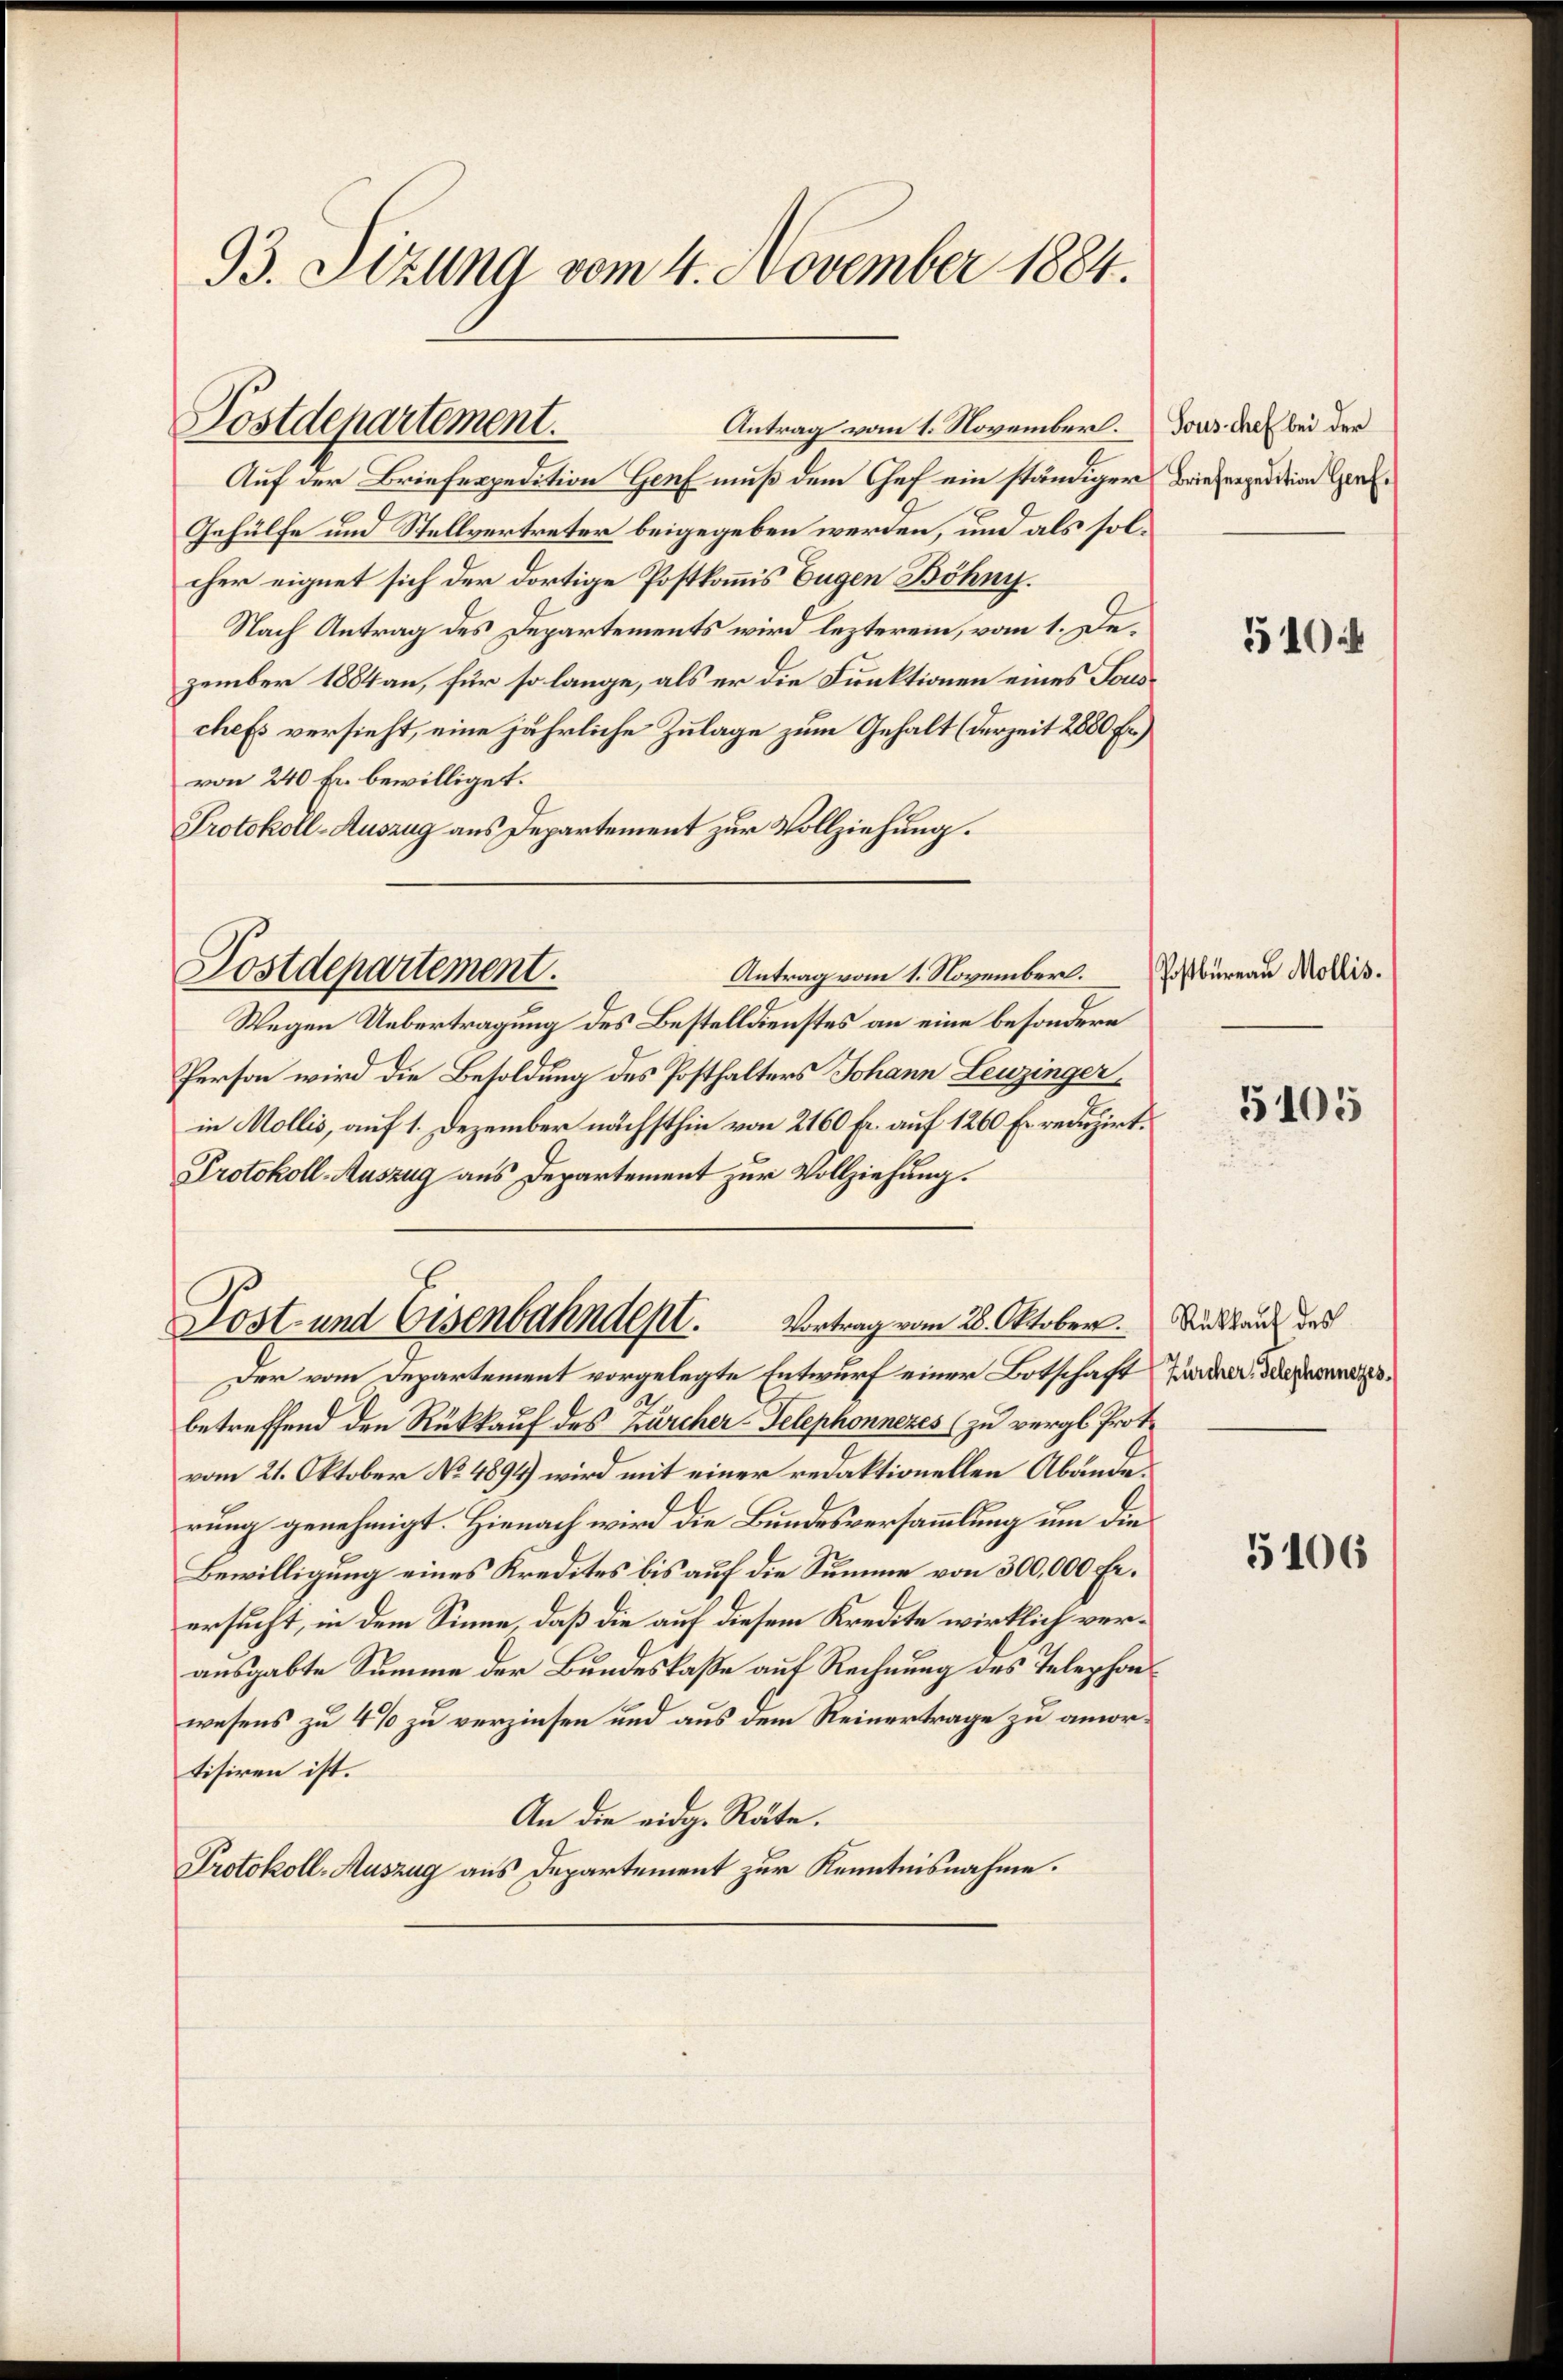
93. Sizung vom 4. November 1884.

Postdepartement.

Auf der Briefespedition Genf muß dem Chef ein ständiger
Gehülfe und Stellvertreter beigegeben werden, und als solcher eignet sich der dortige Postkommis Eugen Böhny.
Nach Antrag des Departements wird lezterein, vom 1. Dezember 1884 an, für so lange, als er die Funktionen eines Forschefs versieht, eine jährliche Zulage zum Gehalt (derzeit 2880 Fr.)
von 240 Fr. bewilliget.
Protokoll-Auszug aus Departement zur Vollziehung.
Antrag vom 1. November.
Wegen Uebertragung des Bestelldienstes an eine besondere
Person wird die Besoldung des Posthalters Johann Leuzinger
in Mollis, auf 1. Dezember nächsthin von 2160 fr. auf 1260 Er reduzirt.
Protokoll-Auszug aus Departement zur Vollziehung.
Post- und Eisenbahndept. Vortrag vom 28. Oktober.
Der vom Departement vorgelegte Entwurf einer Botschaft Zürcher Telegensbetreffend den Rückkauf des Zürcher-Telephonnezes zu vergl. Prot.
vom 21. Oktober No 4894) wird mit einer redaktionellen Abänderung genehmigt. Hienach wird die Bundesversammlung um die
Bewilligung eines Kredites bis auf die Summe von 300,000 Fr.
ersucht, in dem Sinne, daß die auf diesem Kredite wirklich verausgabte Summe der Bundeskaße auf Rechnung des Telephonwesens zu 4% zu verzinsen und aus dem Reinertrage zu amortisiren ist.
An die eidg. Räte.
Protokoll-Auszug aus Departement zur Kenntnisnahme.

Postdepartement.

Antrag vom 1. November.

Sous chef bei der
Briefespedition Genf.

510:

Postbureau Mollis.

5105

Rückkauf des

5106